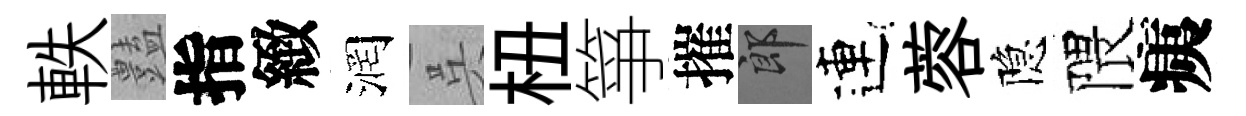
軼𧰟指緻润呉杻箏摧郎連蓉隐隈痍